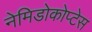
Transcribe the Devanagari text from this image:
नेमिडोकोप्टेस